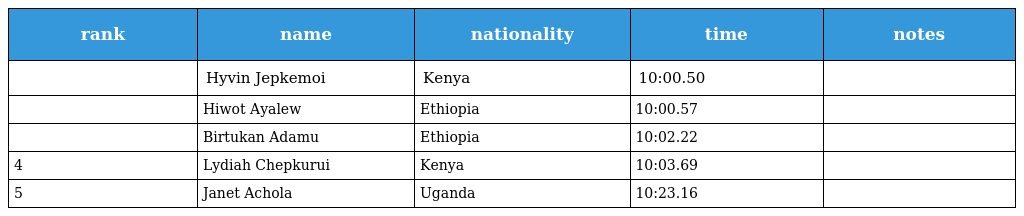
| rank | name | nationality | time | notes |
 | --- | --- | --- | --- | --- |
 |  | Hyvin Jepkemoi | Kenya | 10:00.50 |  |
 |  | Hiwot Ayalew | Ethiopia | 10:00.57 |  |
 |  | Birtukan Adamu | Ethiopia | 10:02.22 |  |
 | 4 | Lydiah Chepkurui | Kenya | 10:03.69 |  |
 | 5 | Janet Achola | Uganda | 10:23.16 |  |